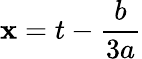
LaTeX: \mathbf{x}=t-{\frac{{b}}{{3a}}}